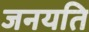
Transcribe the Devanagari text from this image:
जनयति